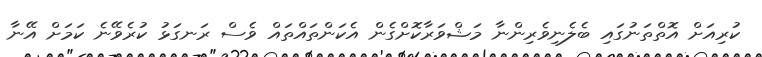
ކުރިއަށް އޮތްތަނުގައި ބެލެނިވެރިންނާ މަޝްވަރާކޮށްގެން އެކަންތައްތައް ވެސް ރަނގަޅު ކުރެވޭނެ ކަމަށް އޭނާ